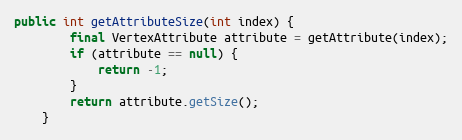
Language: Java
public int getAttributeSize(int index) {
        final VertexAttribute attribute = getAttribute(index);
        if (attribute == null) {
            return -1;
        }
        return attribute.getSize();
    }